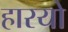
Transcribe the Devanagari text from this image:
हारयो